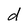
Character: d